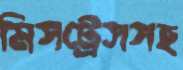
মিসট্রেসসহ